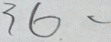
3 6 . -